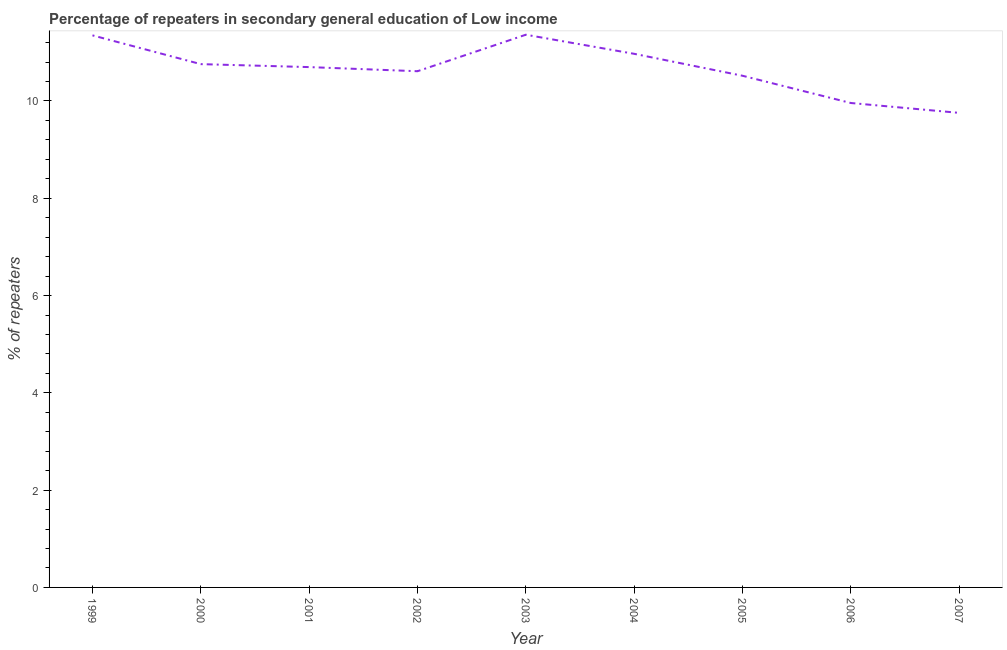
| Year | Percentage of repeaters |
 | --- | --- |
 | 1999 | 11.3 |
 | 2000 | 10.8 |
 | 2001 | 10.7 |
 | 2002 | 10.6 |
 | 2003 | 11.4 |
 | 2004 | 11 |
 | 2005 | 10.5 |
 | 2006 | 9.96 |
 | 2007 | 9.76 |